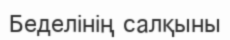
Беделінің салқыны